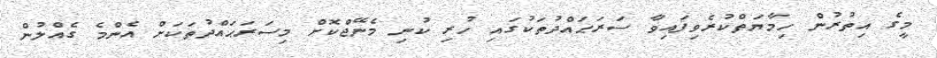
މީގެ އިތުރުން ހިމާޔަތްކުރެވިފައިވާ ސަރަޙައްދުތަކުގައި ހުރި ކުނި މެނޭޖްކޮށް މިސަރަޙައްދުތަކަށް އެންމެ ގެއްލުން